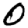
Digit: 0